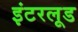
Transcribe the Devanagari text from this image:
इंटरलूड